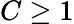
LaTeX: C\geq 1